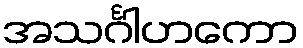
အသင်္ဂါဟကော